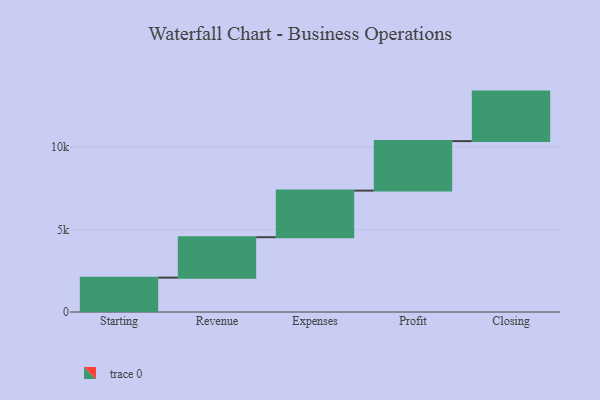
{"axis": {"x": "Step", "y": "Value"}, "legend": [""], "data": [{"x": "Starting", "y": 2083.0, "type": ""}, {"x": "Revenue", "y": 2450.0, "type": ""}, {"x": "Expenses", "y": 2823.0, "type": ""}, {"x": "Profit", "y": 3000, "type": ""}, {"x": "Closing", "y": 3000, "type": ""}]}